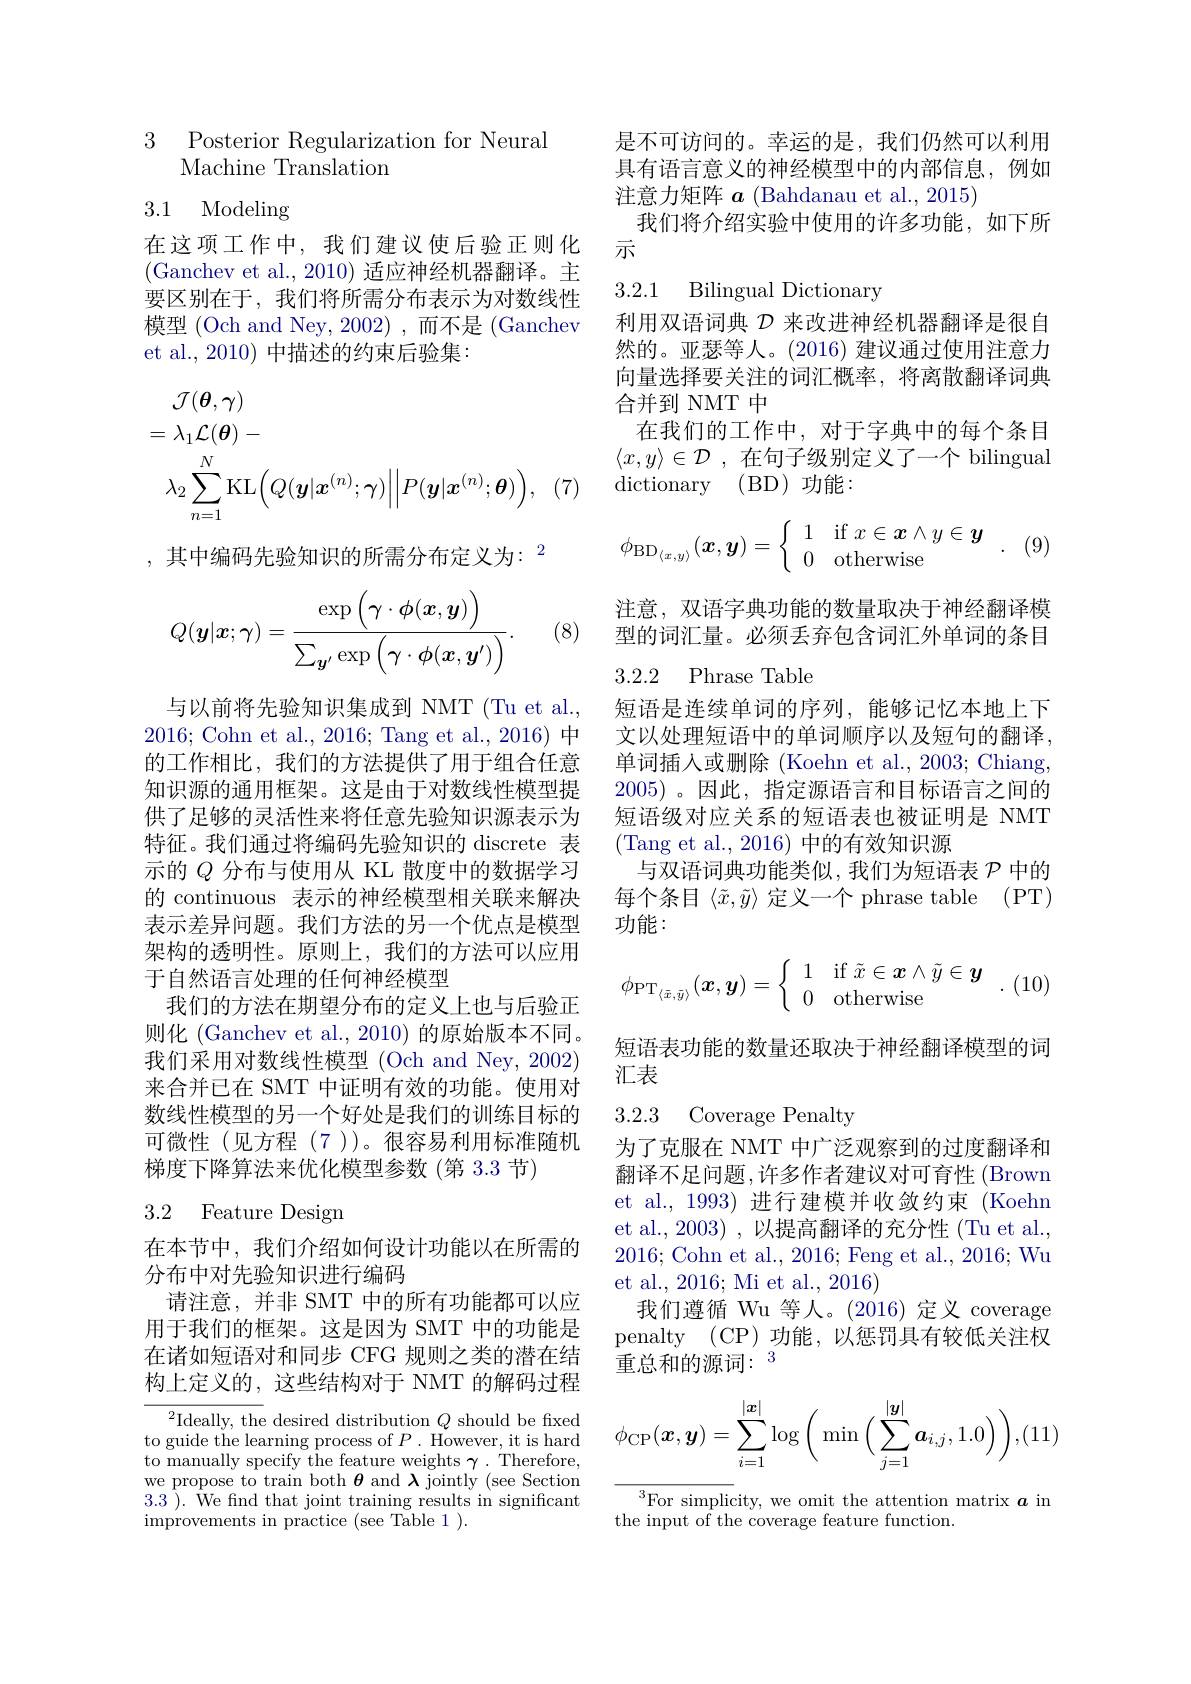
3
Posterior Regularization for Neural
Machine Translation

## 3.1 Modeling

在这项工作中，我们建议使后验正则化(Ganchev et al., 2010) 适应神经机器翻译。主要区别在于，我们将所需分布表示为对数线性模型 (Och and Ney, 2002) ,而不是 (Ganchev et al.,2010) 中描述的约束后验集：
$$\begin{aligned}&\mathcal{J}(\boldsymbol{\theta},\boldsymbol{\gamma})\\&=\lambda_1\mathcal{L}(\boldsymbol{\theta})-\\&\lambda_2\sum_{n=1}^N\mathrm{KL}\Big(Q(\boldsymbol{y}|\boldsymbol{x}^{(n)};\boldsymbol{\gamma})\Big|\Big|P(\boldsymbol{y}|\boldsymbol{x}^{(n)};\boldsymbol{\theta})\Big),\end{aligned}$$
,其中编码先验知识的所需分布定义为：$^{2}$
$$Q(\boldsymbol{y}|\boldsymbol{x};\boldsymbol{\gamma})=\frac{\exp\left(\boldsymbol{\gamma}\cdot\boldsymbol{\phi}(\boldsymbol{x},\boldsymbol{y})\right)}{\sum_{\boldsymbol{y}'}\exp\left(\boldsymbol{\gamma}\cdot\boldsymbol{\phi}(\boldsymbol{x},\boldsymbol{y}')\right)}.$$
(8)

与以前将先验知识集成到 NMT(Tu et al. 2016; Cohn et al., 2016; Tang et al., 2016) 中的工作相比，我们的方法提供了用于组合任意知识源的通用框架。这是由于对数线性模型提供了足够的灵活性来将任意先验知识源表示为特征。我们通过将编码先验知识的 discrete 表示的$Q$分布与使用从 KL 散度中的数据学习的 continuous 表示的神经模型相关联来解决表示差异问题。我们方法的另一个优点是模型架构的透明性。原则上，我们的方法可以应用于自然语言处理的任何神经模型
我们的方法在期望分布的定义上也与后验正则化 (Ganchev et al., 2010) 的原始版本不同。我们采用对数线性模型 (Och and Ney, 2002) 来合并已在 SMT 中证明有效的功能。使用对数线性模型的另一个好处是我们的训练目标的可微性(见方程(7))。很容易利用标准随机梯度下降算法来优化模型参数(第 3.3 节)

# 3.2 Feature Design

在本节中，我们介绍如何设计功能以在所需的
分布中对先验知识进行编码
请注意，并非 SMT 中的所有功能都可以应用于我们的框架。这是因为 SMT 中的功能是在诸如短语对和同步 CFG 规则之类的潜在结果构上定义的，这些结构对于 NMT 的解码过程

$^{2}$Ideally, the desired distribution $Q$ should be fixed to guide the learning process of $P.$ However, it is hard to manually specify the feature weights $\gamma.$ Therefore, we propose to train both $\boldsymbol{\theta}$ and $\boldsymbol{\lambda}$ jointly (see Sectior 3.3 ). We fnd that joint training results in significant improvements in practice (see Table 1 ).

是不可访问的。幸运的是，我们仍然可以利用具有语言意义的神经模型中的内部信息，例如注意力矩阵$\boldsymbol a$ (Bahdanau et al., 2015)
我们将介绍实验中使用的许多功能，如下所
示

3.2.1 Bilingual Dictionary

利用双语词典$\mathcal{D}$来改进神经机器翻译是很自然的。亚瑟等人。(2016) 建议通过使用注意力向量选择要关注的词汇概率，将离散翻译词典合并到 NMT 中
在我们的工作中，对于字典中的每个条目$\langle x, y\rangle \in \mathcal{D}$ ,在句子级别定义了一个 bilingual ${\mathrm{dictionary}}$ ${\mathrm{( BD) }}$功能：
$$\phi_{\mathrm{BD}_{\langle x,y\rangle}}(\boldsymbol{x},\boldsymbol{y})=\left\{\begin{array}{ll}1&\mathrm{if~}x\in\boldsymbol{x}\wedge y\in\boldsymbol{y}\\0&\mathrm{otherwise}\end{array}\right..$$
注意，双语字典功能的数量取决于神经翻译模型的词汇量。必须丢弃包含词汇外单词的条目

3.2.2 Phrase Table

短语是连续单词的序列，能够记忆本地上下文以处理短语中的单词顺序以及短句的翻译。单词插入或删除 (Koehn et al., 2003; Chiang, 2005)。因此，指定源语言和目标语言之间的短语级对应关系的短语表也被证明是 NMT (Tang et al.,2016)中的有效知识源
与双语词典功能类似，我们为短语表$\mathcal{P}$中的每个条目$\langle\tilde{x},\tilde{y}\rangle$定义一个 phrase table (PT) 功能：
$$\phi_{\mathrm{PT}_{\langle\bar{x},\bar{y}\rangle}}(\boldsymbol{x},\boldsymbol{y})=\left\{\begin{array}{ll}1&\mathrm{if~}\tilde{x}\in\boldsymbol{x}\wedge\tilde{y}\in\boldsymbol{y}\\0&\mathrm{otherwise}\end{array}\right..$$
短语表功能的数量还取决于神经翻译模型的词
汇表

3.2.3 Coverage Penalty

为了克服在 NMT 中广泛观察到的过度翻译和翻译不足问题，许多作者建议对可育性 (Brown et al.1993)进行建模并收敛约束(Koehn et al., 2003) , 以提高翻译的充分性 (Tu et al. 2016; Cohn et al., 2016; Feng et al., 2016; Wu et al., 2016; Mi et al., 2016)
我们遵循 Wu 等人。(2016)定义 coverage penalty (CP)功能，以惩罚具有较低关注权重总和的源词：$^3$
$$\phi_{\mathrm{CP}}(\boldsymbol{x},\boldsymbol{y})=\sum\limits_{i=1}^{|\boldsymbol{x}|}\log\bigg(\min\bigg(\sum\limits_{j=1}^{|\boldsymbol{y}|}\boldsymbol{a}_{i,j},1.0\bigg)\bigg),(11)$$
$^{3}$For simplicity, we omit the attention matrix $\boldsymbol a$ in
the input of the coverage feature function.